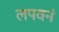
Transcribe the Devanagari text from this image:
लपवनं